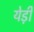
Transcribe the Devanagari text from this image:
येड़ी